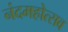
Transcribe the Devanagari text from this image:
नंदमहोत्सव